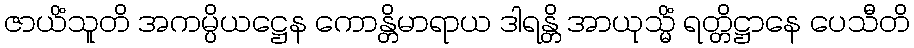
ဇာယိံသူတိ အကမ္ပိယဋ္ဌေန ကောန္တိမာရာယ ဒါရန္တိ အာယုသ္မိံ ရတ္တိဋ္ဌာနေ ပေသီတိ